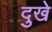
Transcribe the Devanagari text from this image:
दुखे